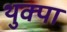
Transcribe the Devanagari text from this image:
थुक्पा